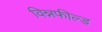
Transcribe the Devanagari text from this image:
विन्नफील्ड